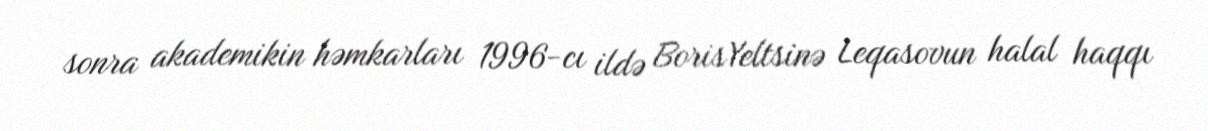
sonra akademikin həmkarları 1996-cı ildə BorisYeltsinə Leqasovun halal haqqı